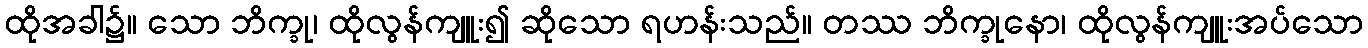
ထိုအခါ၌။ သော ဘိက္ခု၊ ထိုလွန်ကျူး၍ ဆိုသော ရဟန်းသည်။ တဿ ဘိက္ခုနော၊ ထိုလွန်ကျူးအပ်သော